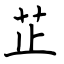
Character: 芷